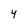
Character: y